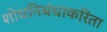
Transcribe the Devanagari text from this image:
शोधनिबंधाकरिता